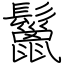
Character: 鬣